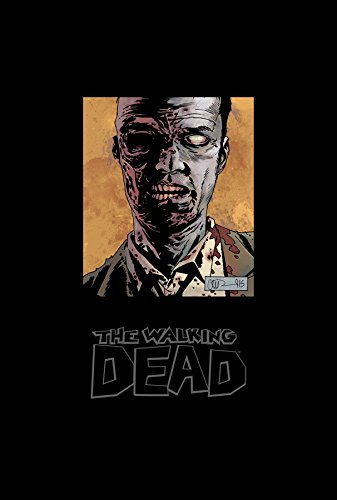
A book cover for The Walking Dead Omnibus Volume 6 (Walking Dead Omnibus Hc); Robert Kirkman; Comics & Graphic Novels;